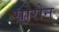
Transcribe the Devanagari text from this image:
सोरोन